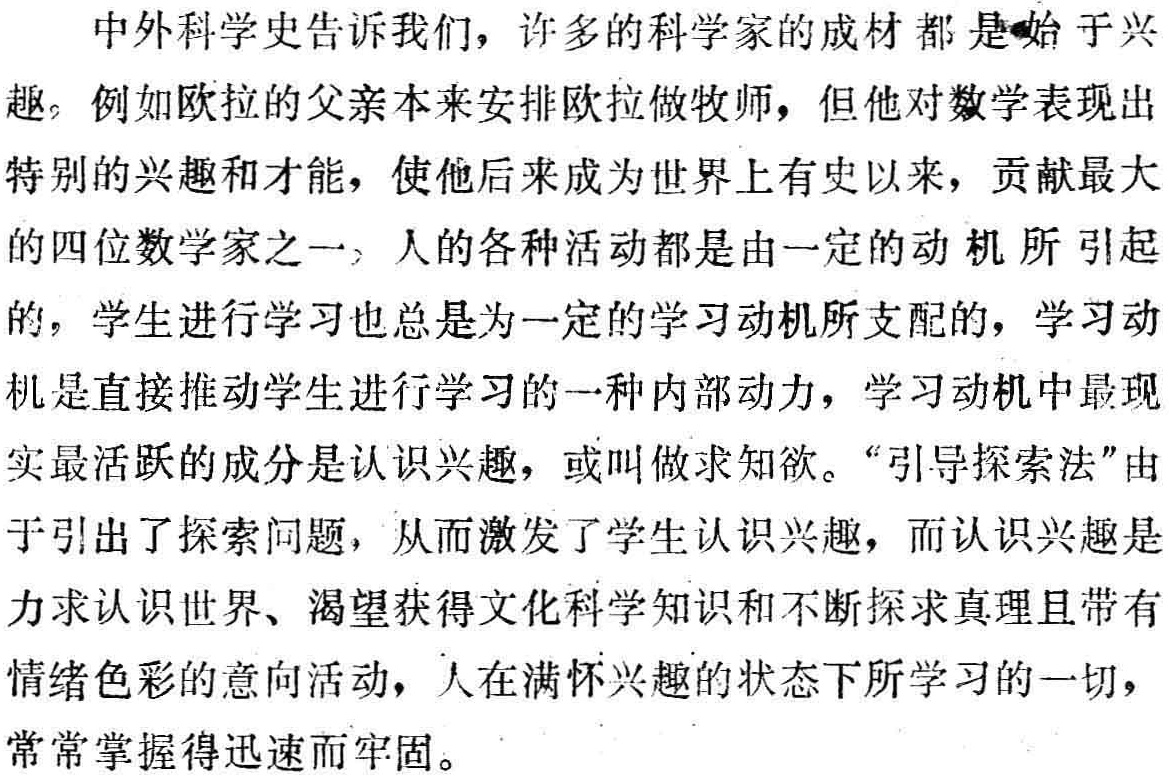
中外科学史告诉我们，许多的科学家的成材都是始于兴趣。例如欧拉的父亲本来安排欧拉做牧师，但他对数学表现出特别的兴趣和才能，使他后来成为世界上有史以来，贡献最大的四位数学家之一。人的各种活动都是由一定的动机所引起的，学生进行学习也总是为一定的学习动机所支配的，学习动机是直接推动学生进行学习的一种内部动力，学习动机中最现实最活跃的成分是认识兴趣，或叫做求知欲。“引导探索法”由于引出了探索问题，从而激发了学生认识兴趣，而认识兴趣是力求认识世界、渴望获得文化科学知识和不断探求真理且带有情绪色彩的意向活动，人在满怀兴趣的状态下所学习的一切，常常掌握得迅速而牢固。